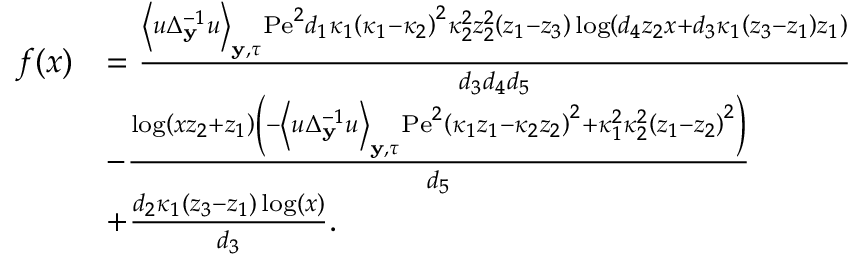
\begin{array} { r l } { f ( x ) } & { = \frac { \left\langle u \Delta _ { \mathbf { y } } ^ { - 1 } u \right\rangle _ { \mathbf { y } , \tau } \mathrm { P e } ^ { 2 } d _ { 1 } \kappa _ { 1 } \left( \kappa _ { 1 } - \kappa _ { 2 } \right) ^ { 2 } \kappa _ { 2 } ^ { 2 } z _ { 2 } ^ { 2 } \left( z _ { 1 } - z _ { 3 } \right) \log \left( d _ { 4 } z _ { 2 } x + d _ { 3 } \kappa _ { 1 } \left( z _ { 3 } - z _ { 1 } \right) z _ { 1 } \right) } { d _ { 3 } d _ { 4 } d _ { 5 } } } \\ & { - \frac { \log \left( x z _ { 2 } + z _ { 1 } \right) \left( - \left\langle u \Delta _ { \mathbf { y } } ^ { - 1 } u \right\rangle _ { \mathbf { y } , \tau } \mathrm { P e } ^ { 2 } \left( \kappa _ { 1 } z _ { 1 } - \kappa _ { 2 } z _ { 2 } \right) ^ { 2 } + \kappa _ { 1 } ^ { 2 } \kappa _ { 2 } ^ { 2 } \left( z _ { 1 } - z _ { 2 } \right) ^ { 2 } \right) } { d _ { 5 } } } \\ & { + \frac { d _ { 2 } \kappa _ { 1 } \left( z _ { 3 } - z _ { 1 } \right) \log ( x ) } { d _ { 3 } } . } \end{array}